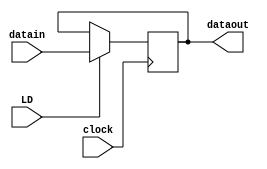
module reg_3 (//R
input clock,
input LD,
input [15:0] datain,
output reg [15:0] dataout
);

always @(negedge clock) 
begin
    if (LD==1)
        dataout<= datain;   
end 
endmodule